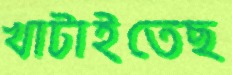
খাটাইতেছ